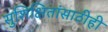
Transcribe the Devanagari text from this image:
सुशिक्षितांसाठीही